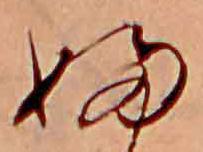
ふ